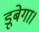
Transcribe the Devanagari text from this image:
डूबेगा।